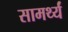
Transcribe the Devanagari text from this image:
सामर्थ्यं